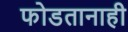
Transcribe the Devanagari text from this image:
फोडतानाही